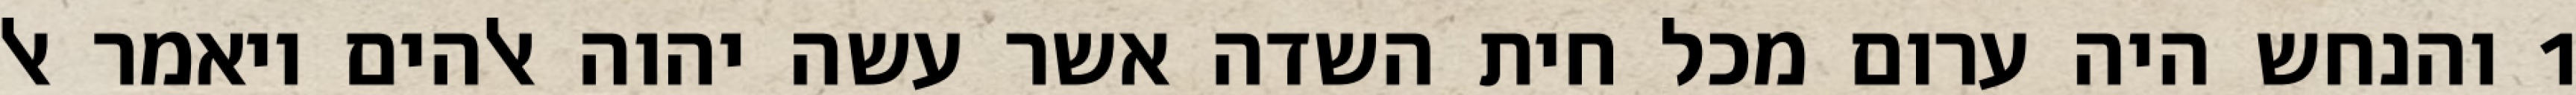
1 והנחש היה ערום מכל חית השדה אשר עשה יהוה אלהים ויאמר אל